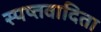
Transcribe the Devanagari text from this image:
स्पष्तवादिता